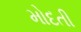
મોદતી